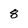
Character: 8